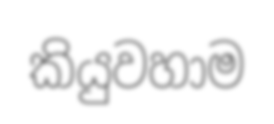
කියුවහාම